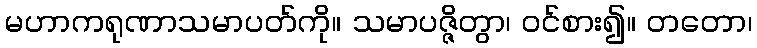
မဟာကရုဏာသမာပတ်ကို။ သမာပဇ္ဇိတွာ၊ ဝင်စား၍။ တတော၊